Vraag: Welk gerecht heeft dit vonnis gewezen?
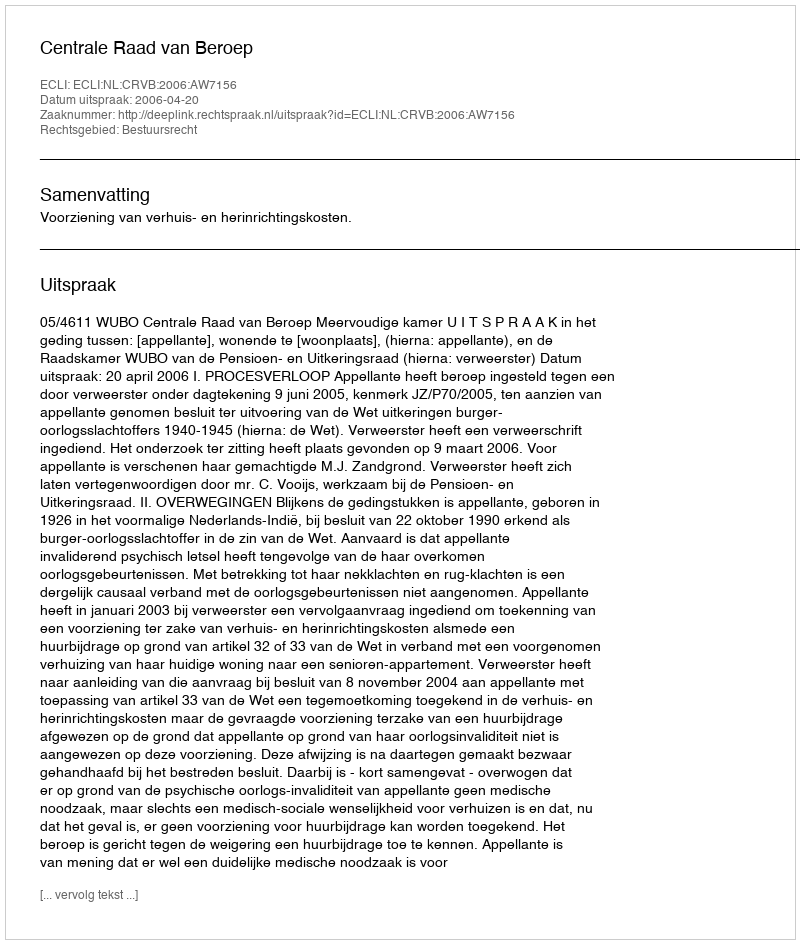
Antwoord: Centrale Raad van Beroep